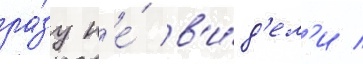
ра́зу н'е́ в'и́д'ел'и /